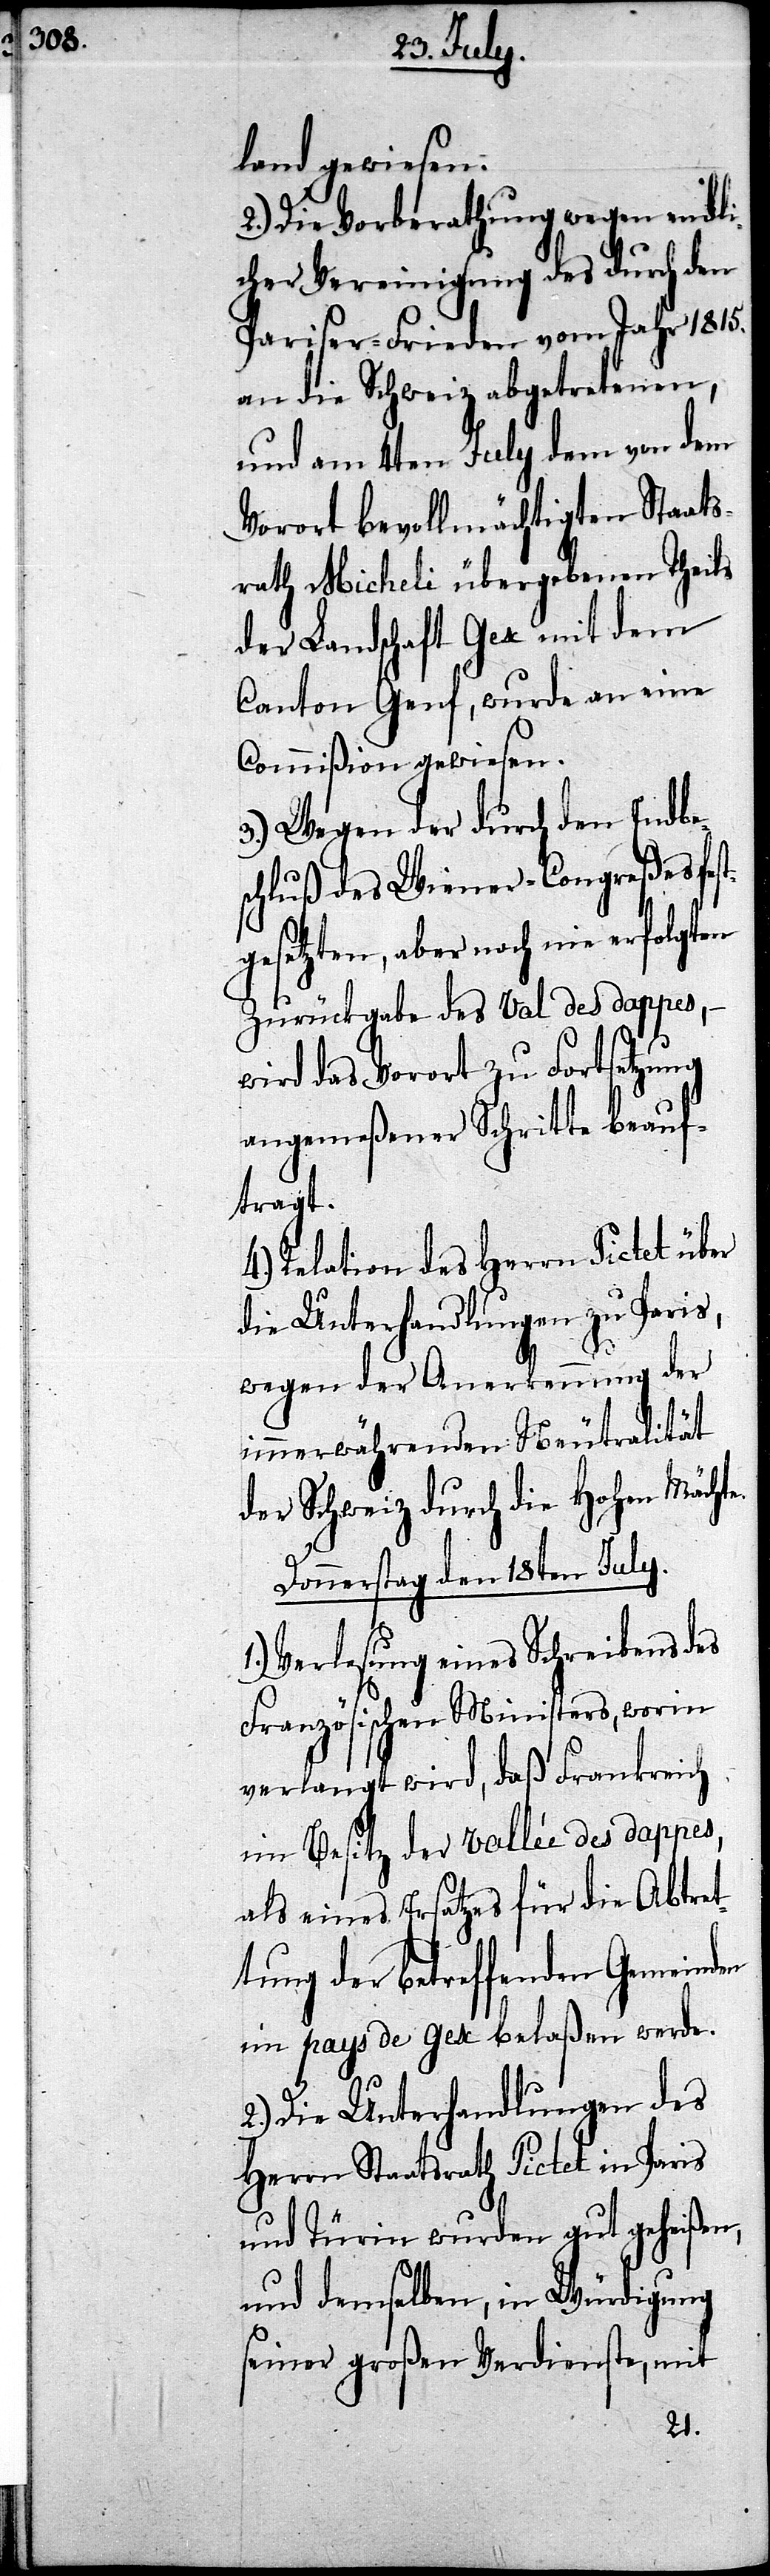
land gewiesen.
2.) Die Vorberathung wegen endli¬
cher Vereinigung des durch den
Pariser-Frieden vom Jahr 1815.
an die Schweiz abgetretenen,
und am 4ten July dem von dem
Vorort bevollmächtigten Staats¬
rath Micheli übergebenen Theils
der Landschaft Gex mit dem
Canton Genf, wurde an eine
Commißion gewiesen.
3.) Wegen der durch den Endbes¬
chluß des Wiener-Congreßes fest¬
gesetzten, aber noch nie erfolgten
Zurückgabe des Val des dappes,
wird das Vorort zu Fortsetzung
angemeßener Schritte beauf¬
tragt.
Relation des Herrn Pictet über
die Unterhandlungen zu Paris,
wegen der Anerkennung der
immerwährenden Neutralität
der Schweiz durch die Hohen Mächte.
Donnerstag den 18ten July.
Verlesung eines Schreibens des
Französischen Ministers, worin
verlangt wird, daß Frankreich
im Besitz der Vallée des dappes,
als eines Ersatzes für die Abtre¬
tung der betreffenden Gemeinden
im pays de gex belaßen werde.
2.) Die Unterhandlungen des
Herrn Staatsrath Pictet in Paris
und Türin wurden gut geheißen,
und demselben, in Würdigung
seiner großen Verdienste, mit